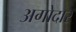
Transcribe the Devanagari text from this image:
अगोदार